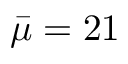
\bar { \mu } = 2 1